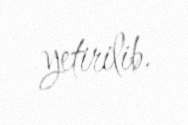
yetirilib.